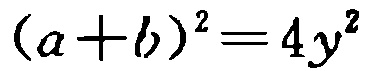
\((a + b)^2 = 4y^2\)